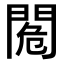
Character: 𨴓